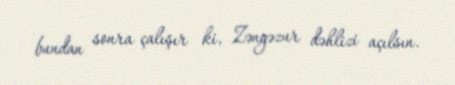
bundan sonra çalışır ki, Zəngəzur dəhlizi açılsın.